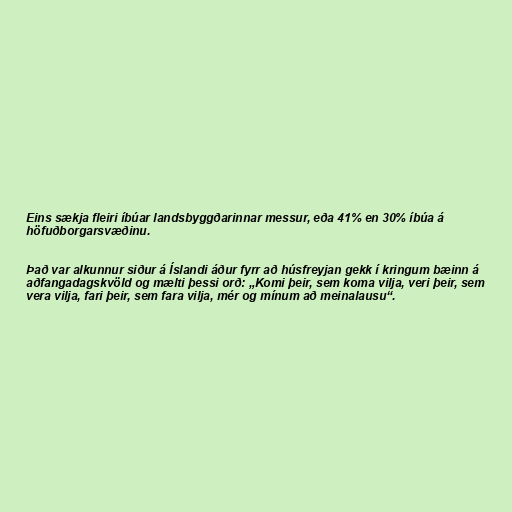
Eins sækja fleiri íbúar landsbyggðarinnar messur, eða 41% en 30% íbúa á
höfuðborgarsvæðinu.

Það var alkunnur siður á Íslandi áður fyrr að húsfreyjan gekk í kringum bæinn á
aðfangadagskvöld og mælti þessi orð: „Komi þeir, sem koma vilja, veri þeir, sem
vera vilja, fari þeir, sem fara vilja, mér og mínum að meinalausu“.